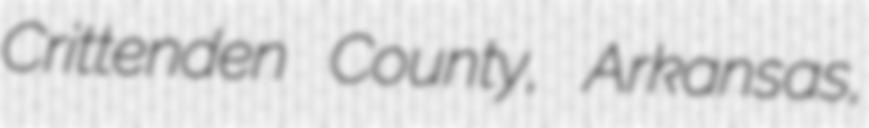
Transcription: Crittenden County, Arkansas,